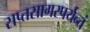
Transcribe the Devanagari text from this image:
सप्तसागरपर्यन्तं